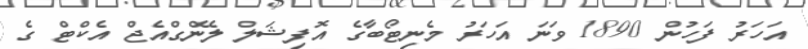
އަހަރު ފަހުން 1890 ވަނަ އަހަރު މެނިޓޯބާގެ އޮފިޝަލް ލޭންގްއެޖް އެކްޓް ގެ